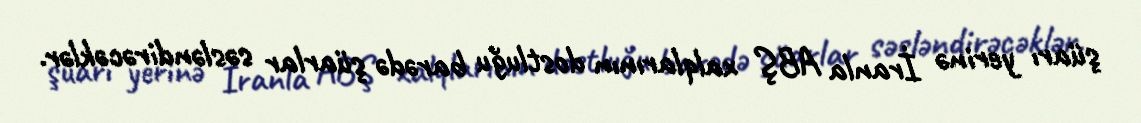
şüarı yerinə İranla ABŞ xalqlarının dostluğu barədə şüarlar səsləndirəcəklər.